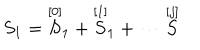
S _ { 1 } = \stackrel { [ 0 ] } { S } _ { 1 } + \stackrel { [ 1 ] } { S } _ { 1 } + \cdots \stackrel { [ j ] } { S }